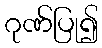
ဂုဏ်ပြု၍